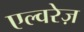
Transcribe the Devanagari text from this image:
एल्वरेज़